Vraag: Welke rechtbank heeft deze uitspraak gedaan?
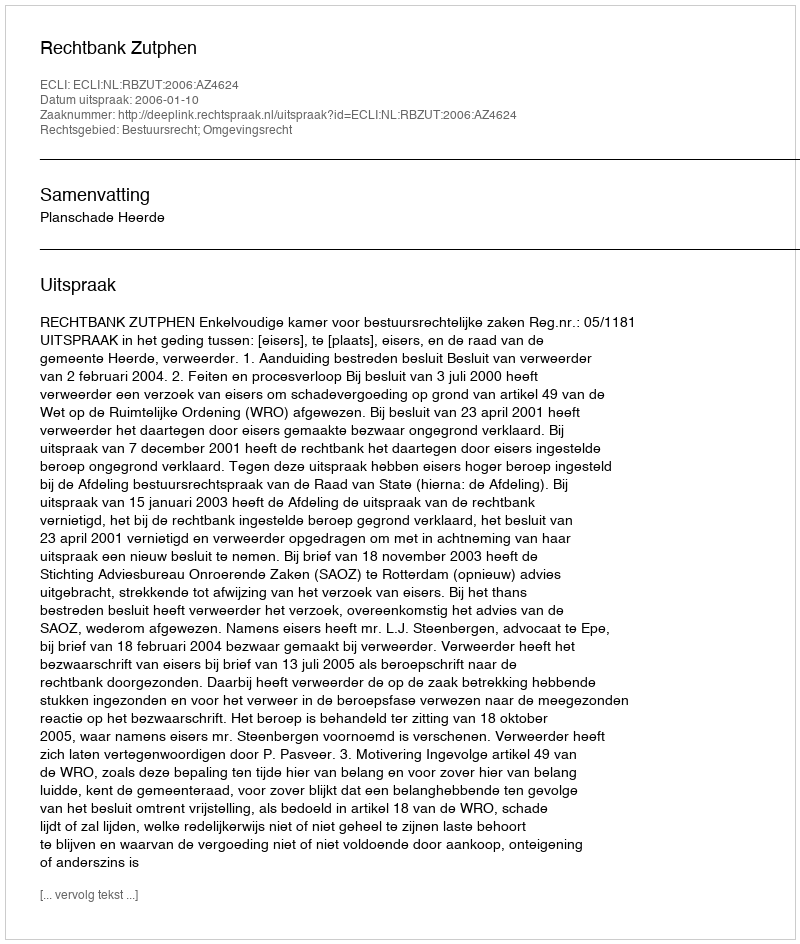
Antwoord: Rechtbank Zutphen